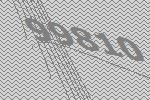
99810